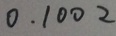
0 . 1 0 0 2